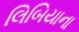
લિબિયાના